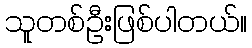
သူတစ်ဦးဖြစ်ပါတယ်။